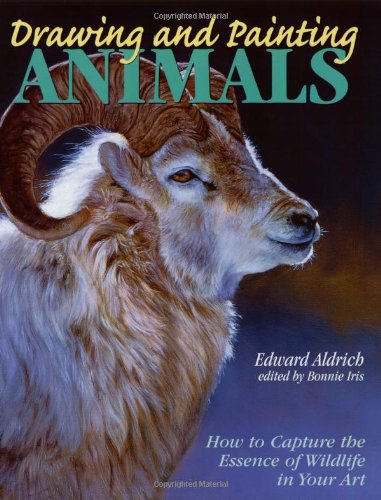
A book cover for Drawing and Painting Animals: How to Capture the Essence of Wildlife in your Art; Edward Aldrich; Arts & Photography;